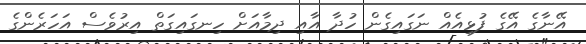
އޭނާގެ އޭގެ ފުޅިއެއް ނަގައިގެން ހުދާ އާއި ދިމާއަށް ހިނގައިގަތް އިރުވެސް އަހަރެންގެ